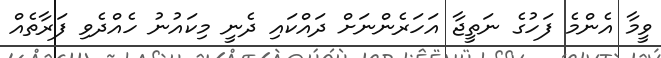
ވީމާ އެންމެ ފަހުގެ ނަތީޖާ އަހަރެންނަށް ދައްކައި ދެނީ މިކައުނު ހެއްދެވި ފަރާތެއް